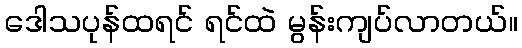
ဒေါသပုန်ထရင် ရင်ထဲ မွန်းကျပ်လာတယ်။